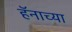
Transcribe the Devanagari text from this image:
हॅनाच्या